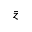
\bar { z }